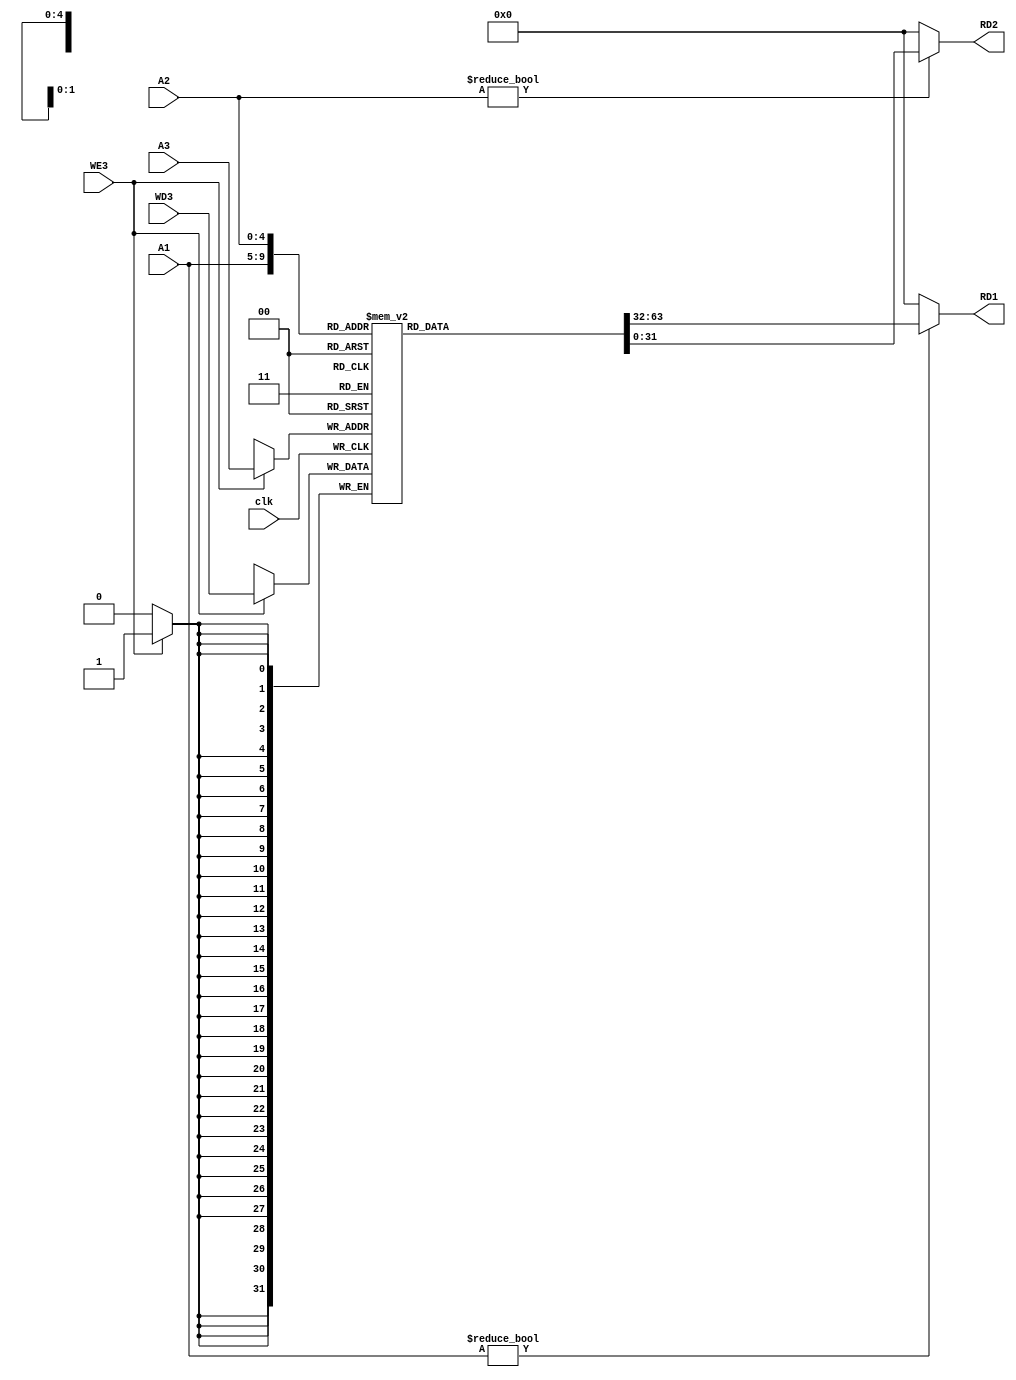
module Register_File(
    input wire clk,
    input wire WE3,

    input wire [4:0] A1,
    input wire [4:0] A2,
    input wire [4:0] A3,
    input wire [31:0] WD3,

    output wire [31:0] RD1,
    output wire [31:0] RD2   
    );


reg [31:0] mem [31:0];


always @(posedge clk) begin
    if (WE3 == 1'b1) begin
        mem[A3] <= WD3;
    end
    // else if(WE3 == 1'b0) begin
    //     RD1 <= mem[A1];
    //     RD2 <= mem[A2];     
    // end
end
    
assign RD1 = (A1 != 0) ? mem[A1] :0;
assign RD2 = (A2 != 0) ? mem[A2] :0;

endmodule